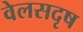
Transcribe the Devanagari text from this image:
वेलसदृष